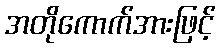
အတိုကောက်အားဖြင့်